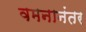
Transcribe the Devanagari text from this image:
वमनानंतर